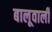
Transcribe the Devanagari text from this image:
बालूवाली